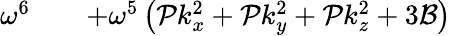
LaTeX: \begin{array}{rlr}{\omega^{6}}&{{}}&{+\omega^{5}\left(\mathcal{P}k_{x}^{2}+\mathcal{P}k_{y}^{2}+\mathcal{P}k_{z}^{2}+3\mathcal{B}\right)}\end{array}